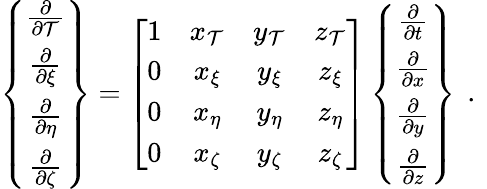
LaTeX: \left\{ \begin{array}{c}{\frac{\partial}{\partial\mathcal{T}}}\\ {\frac{\partial}{\partial\xi}}\\ {\frac{\partial}{\partial\eta}}\\ {\frac{\partial}{\partial\zeta}}\end{array}\right\} =\left[\begin{array}{cccc}{1}&{x_{\mathcal{T}}}&{y_{\mathcal{T}}}&{z_{\mathcal{T}}}\\ {0}&{x_{\xi}}&{y_{\xi}}&{z_{\xi}}\\ {0}&{x_{\eta}}&{y_{\eta}}&{z_{\eta}}\\ {0}&{x_{\zeta}}&{y_{\zeta}}&{z_{\zeta}}\end{array}\right]\left\{ \begin{array}{c}{\frac{\partial}{\partial t}}\\ {\frac{\partial}{\partial x}}\\ {\frac{\partial}{\partial y}}\\ {\frac{\partial}{\partial z}}\end{array}\right\} \, \mathrm{~.~}